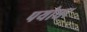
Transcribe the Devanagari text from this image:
पयोधर